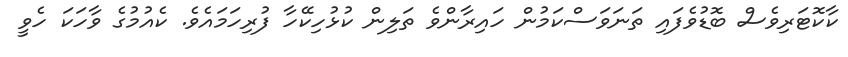
ކާކޮޓަރިވެސް ބޮޑުވެފައި ތަނަވަސްކަމުން ހައިރާންވެ ތަލިން ކުޅުހިކޭހާ ފުރިހަމައެވެ. ކެއުމުގެ ވާހަކަ ހެވީ